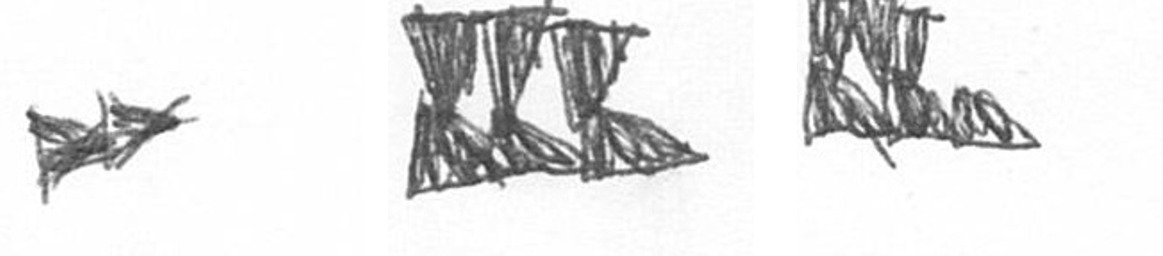
A D D